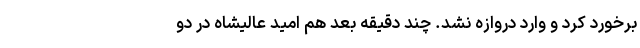
برخورد کرد و وارد دروازه نشد. چند دقیقه بعد هم امید عالیشاه در دو